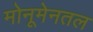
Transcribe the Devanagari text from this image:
मोनूमेनतल